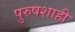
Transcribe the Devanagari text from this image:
पुरुषशाही